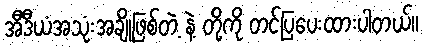
အီဒီယံအသုံးအချို့ဖြစ်တဲ့ နဲ့ တို့ကို တင်ပြပေးထားပါတယ်။